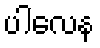
ပါလေန